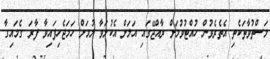
މަސްތުވާތަކެތި އެތެރެވުން ހުއްޓުވުމަށް ރާއްޖޭގައި އަލަށް އެކުލަވާ ލުމަށް ހަމަޖެހިފައިވާ ފާރަ ގެމައިގާ